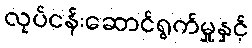
လုပ်ငန်းဆောင်ရွက်မှုနှင့်